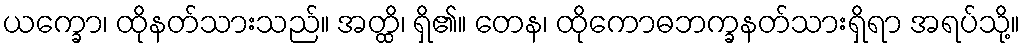
ယက္ခော၊ ထိုနတ်သားသည်။ အတ္ထိ၊ ရှိ၏။ တေန၊ ထိုကောဓဘက္ခနတ်သားရှိရာ အရပ်သို့။